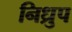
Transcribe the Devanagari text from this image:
निध्रुप